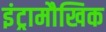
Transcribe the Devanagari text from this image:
इंट्रामौखिक